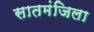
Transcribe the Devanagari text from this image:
सातमंजिला